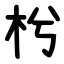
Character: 枍